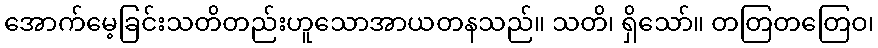
အောက်မေ့ခြင်းသတိတည်းဟူသောအာယတနသည်။ သတိ၊ ရှိသော်။ တတြတတြေဝ၊